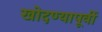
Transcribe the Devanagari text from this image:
खोदण्यापूर्वी